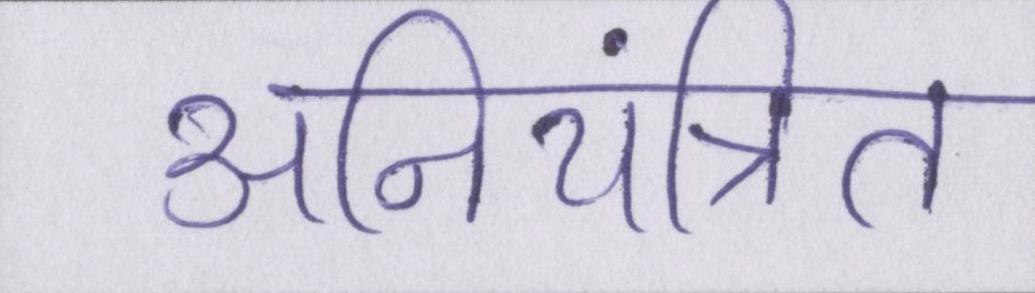
अनियंत्रित